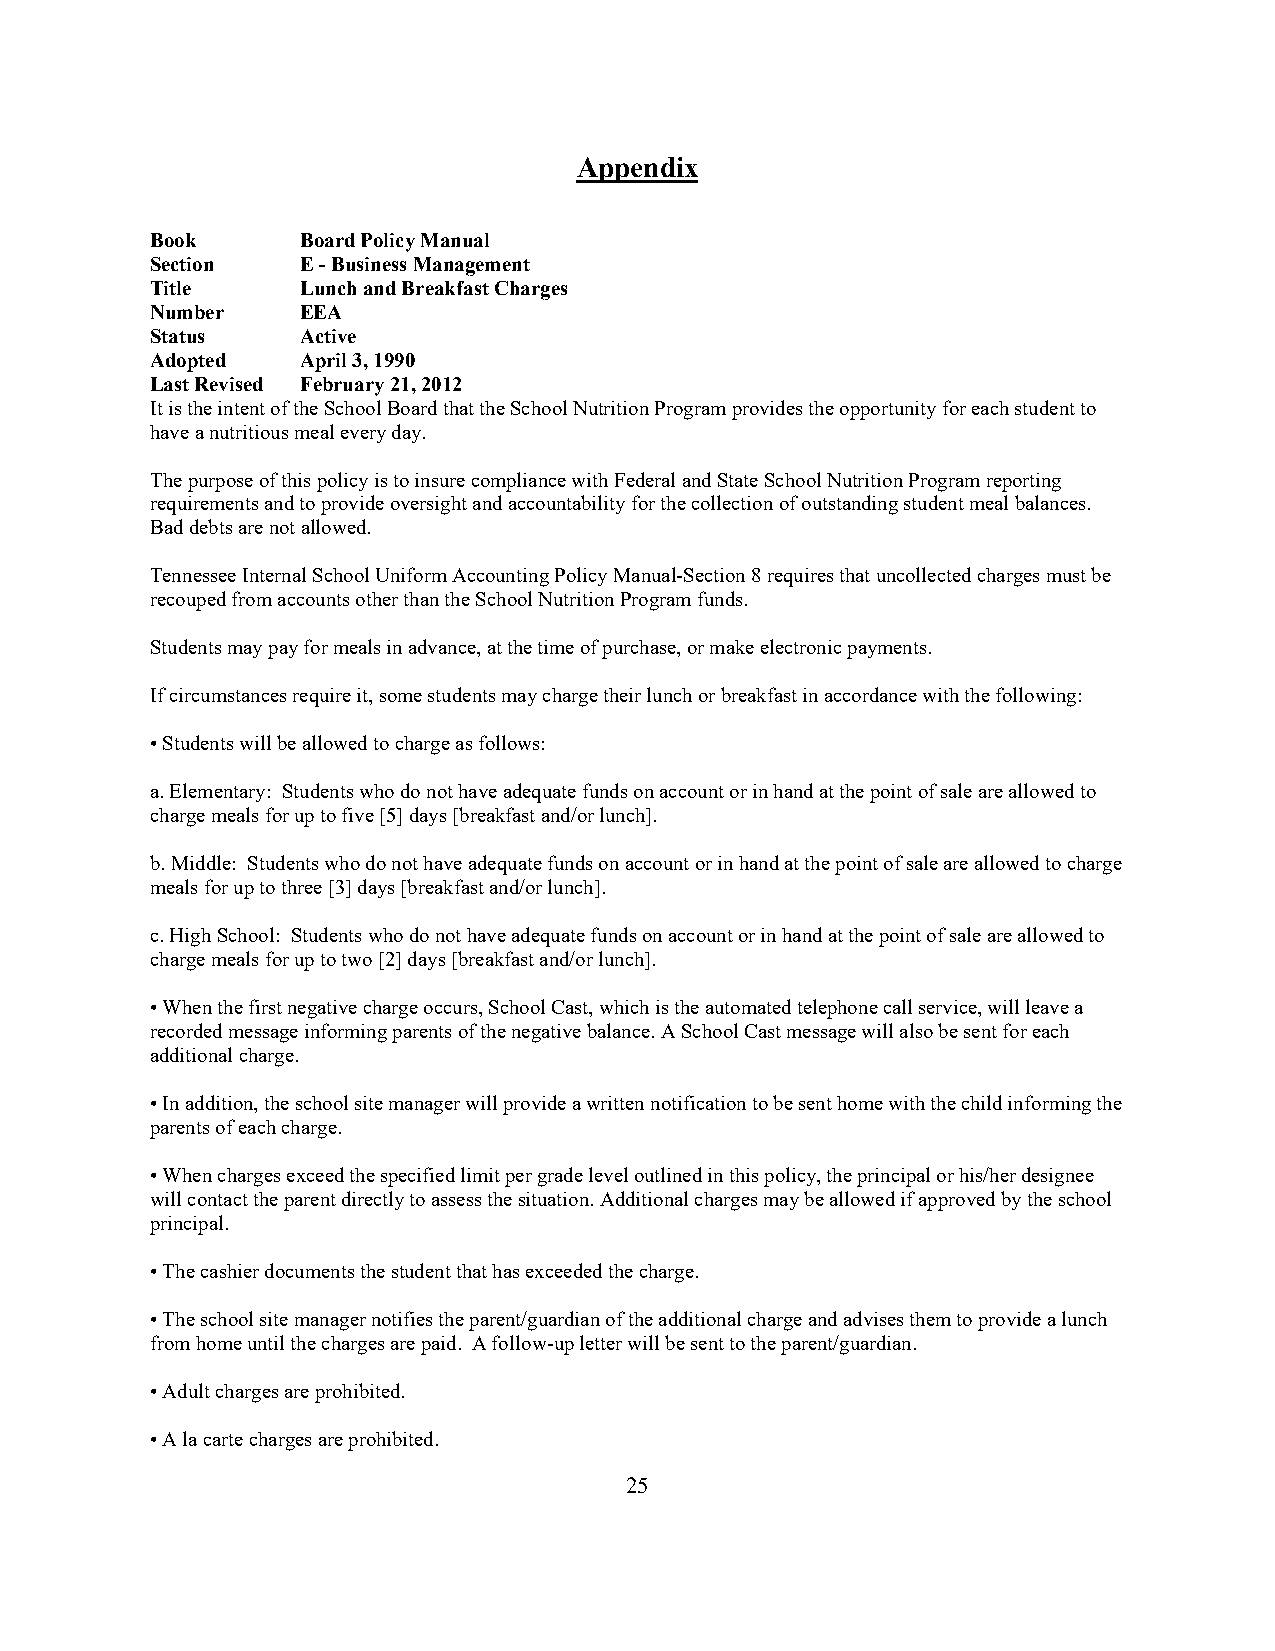
Appendix
 Book      Board Policy Manual
 Section   E - Business Management
 Title     Lunch and Breakfast Charges
 Number    EEA
 Status    Active
 Adopted   April 3, 1990
 Last Revised February 21, 2012
 It is the intent of the School Board that the School Nutrition Program provides the opportunity for each student to
 have a nutritious meal every day.
 The purpose of this policy is to insure compliance with Federal and State School Nutrition Program reporting
 requirements and to provide oversight and accountability for the collection of outstanding student meal balances.
 Bad debts are not allowed.
 Tennessee Internal School Uniform Accounting Policy Manual-Section 8 requires that uncollected charges must be
 recouped from accounts other than the School Nutrition Program funds.
 Students may pay for meals in advance, at the time of purchase, or make electronic payments.
 If circumstances require it, some students may charge their lunch or breakfast in accordance with the following:
 • Students will be allowed to charge as follows:
 a. Elementary: Students who do not have adequate funds on account or in hand at the point of sale are allowed to
 charge meals for up to five [5] days [breakfast and/or lunch].
 b. Middle: Students who do not have adequate funds on account or in hand at the point of sale are allowed to charge
 meals for up to three [3] days [breakfast and/or lunch].
 c. High School: Students who do not have adequate funds on account or in hand at the point of sale are allowed to
 charge meals for up to two [2] days [breakfast and/or lunch].
 • When the first negative charge occurs, School Cast, which is the automated telephone call service, will leave a
 recorded message informing parents of the negative balance. A School Cast message will also be sent for each
 additional charge.
 • In addition, the school site manager will provide a written notification to be sent home with the child informing the
 parents of each charge.
 • When charges exceed the specified limit per grade level outlined in this policy, the principal or his/her designee
 will contact the parent directly to assess the situation. Additional charges may be allowed if approved by the school
 principal.
 • The cashier documents the student that has exceeded the charge.
 • The school site manager notifies the parent/guardian of the additional charge and advises them to provide a lunch
 from home until the charges are paid. A follow-up letter will be sent to the parent/guardian.
 • Adult charges are prohibited.
 • A la carte charges are prohibited.
 25